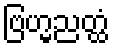
ဗြဟ္မညတ္ထံ